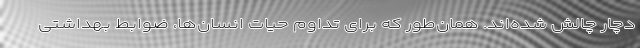
دچار چالش شده‌اند. همان‌طور که برای تداوم حیات انسان‌ها، ضوابط بهداشتی